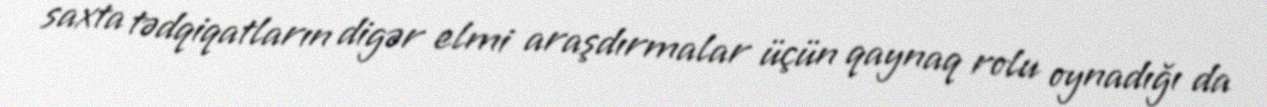
saxta tədqiqatların digər elmi araşdırmalar üçün qaynaq rolu oynadığı da